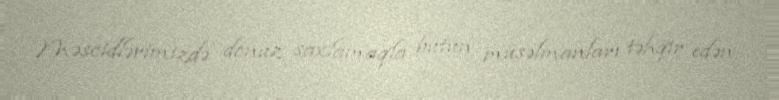
Məscidlərimizdə donuz saxlamaqla bütün müsəlmanları təhqir edən,